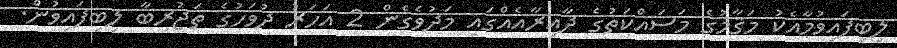
ލިބިފައިވުމާއެކު މަޤާމުގެ މަސައްކަތުގެ ދާއިރާއެއްގައި މަދުވެގެން 2 އަހަރު ދުވަހުގެ ތަޖުރިބާ ލިބިފައިވުން.